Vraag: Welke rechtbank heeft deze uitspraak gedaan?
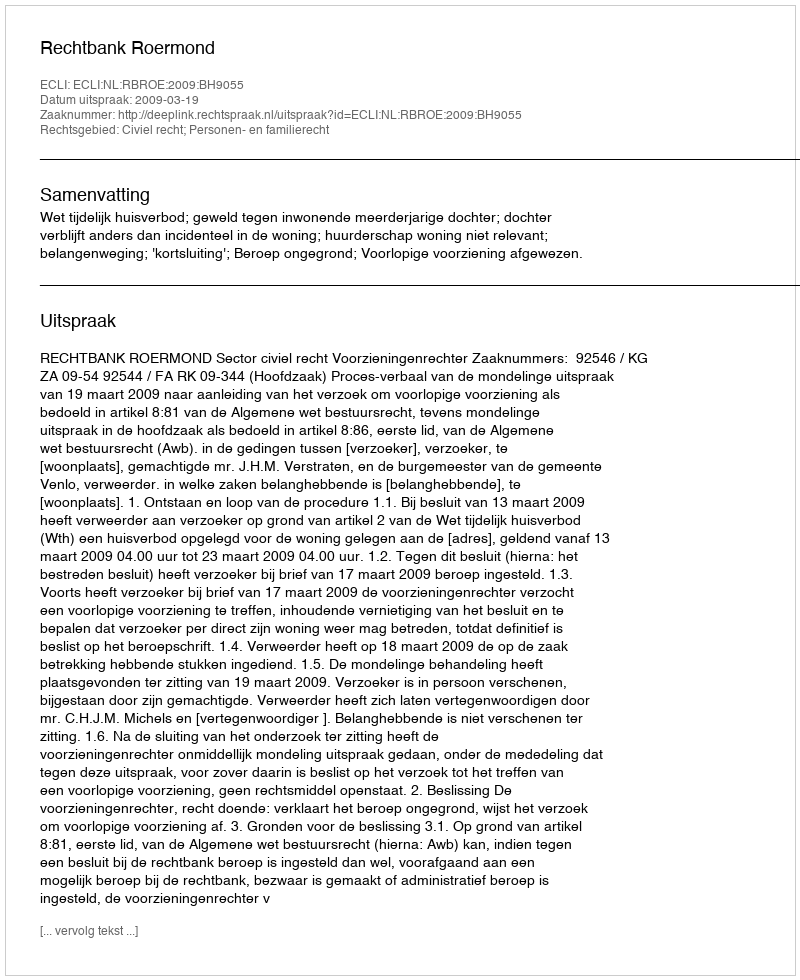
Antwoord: Rechtbank Roermond